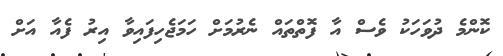
ކޮންމެ ދުވަހަކު ވެސް އާ ފޮތްތައް ނެރުމަށް ހަމަޖެހިފައިވާ އިރު ފެއާ އަށް